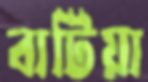
বাটিয়া